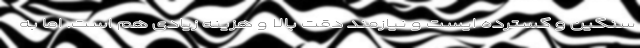
سنگین و گسترده ایست و نیازمند دقت بالا و هزینه زیادی هم است. اما به